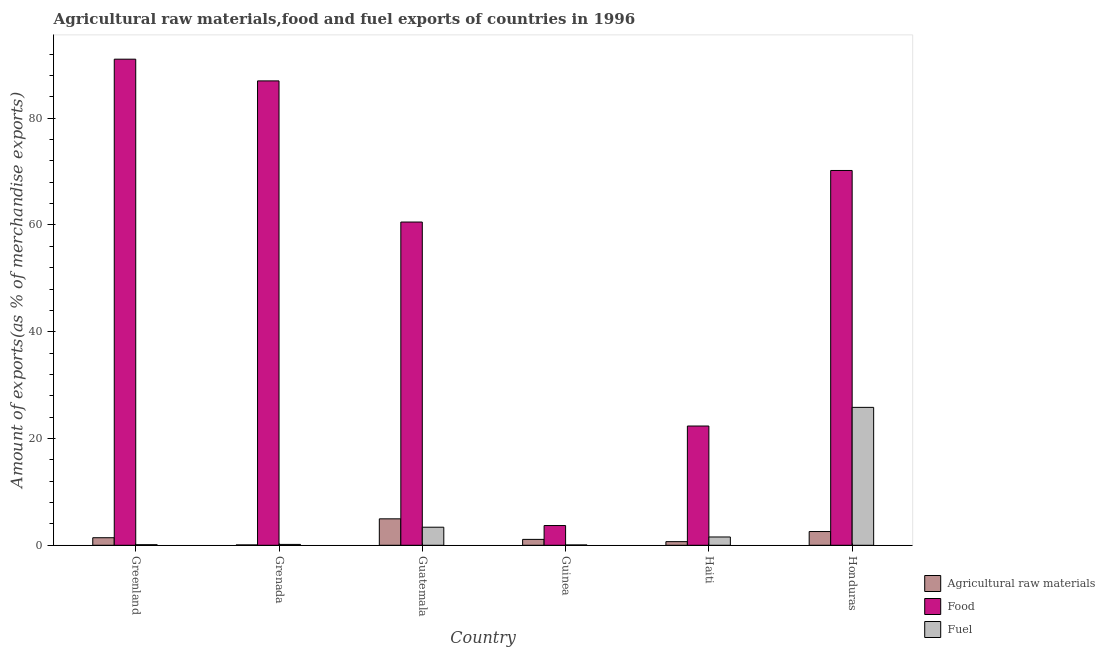
| Country | Agricultural raw materials | Food | Fuel |
 | --- | --- | --- | --- |
 | Greenland | 1.41 | 91.1 | 0.11 |
 | Grenada | 0.0668 | 87 | 0.161 |
 | Guatemala | 4.95 | 60.6 | 3.38 |
 | Guinea | 1.1 | 3.7 | 0.0609 |
 | Haiti | 0.679 | 22.3 | 1.55 |
 | Honduras | 2.57 | 70.2 | 25.8 |